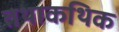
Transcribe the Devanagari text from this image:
तथाकथिक